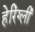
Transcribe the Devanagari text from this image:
हेरिंग्ली